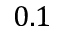
0 . 1